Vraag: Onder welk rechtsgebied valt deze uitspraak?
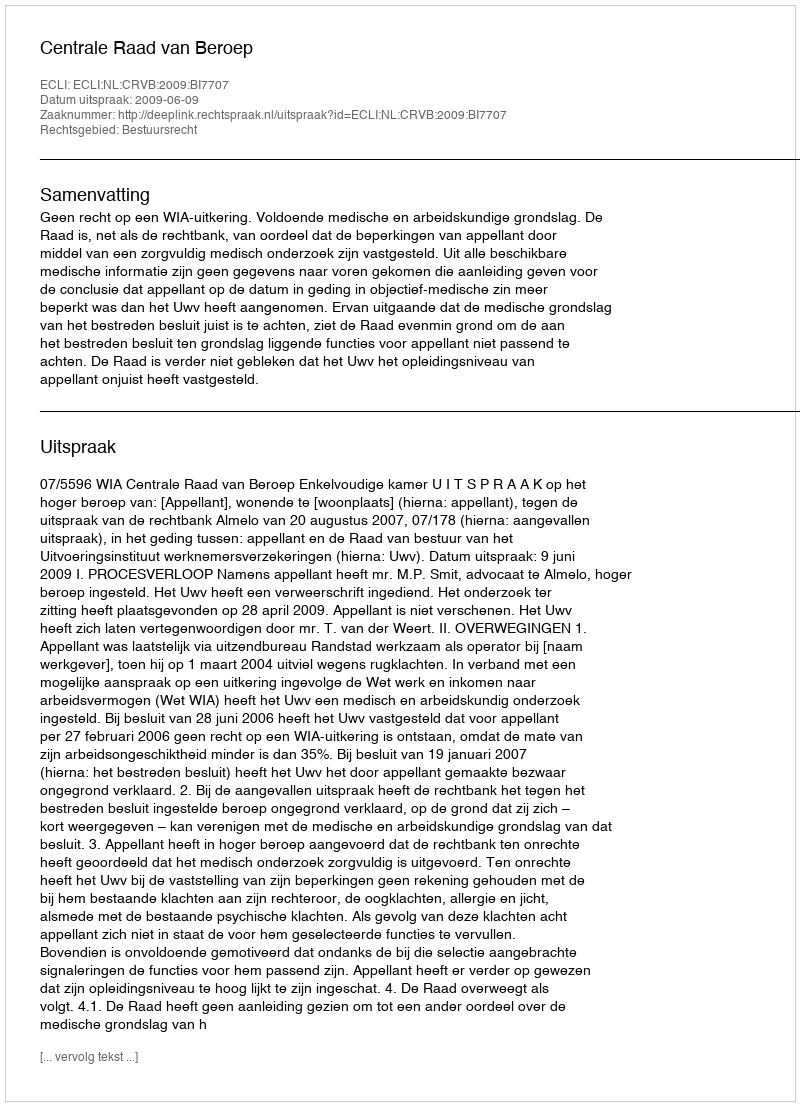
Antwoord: Bestuursrecht